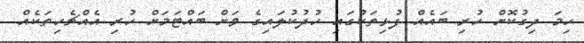
ހިމަ ދިގުކޮށް ހުރި ބައެއް ފުޅިތަކުގައި ހުދުކުލައިގެ ވަށް ބައްޓަމަށް ހުރި އެއްޗެހިތަކެއް